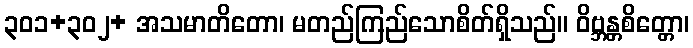
၃၀၁+၃၀၂+ အသမာတိတော၊ မတည်ကြည်သောစိတ်ရှိသည်။ ဝိဗ္ဘန္တစိတ္တော၊